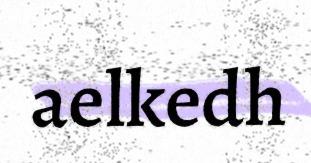
aelkedh